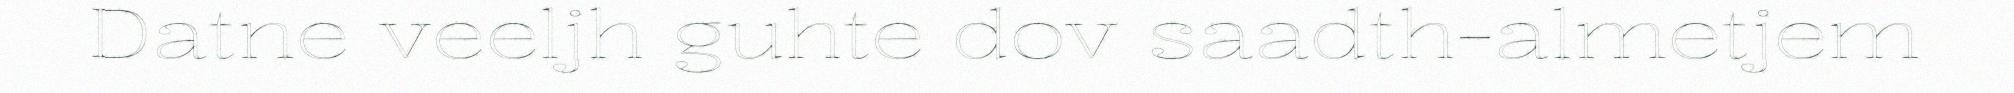
Datne veeljh guhte dov saadth-almetjem